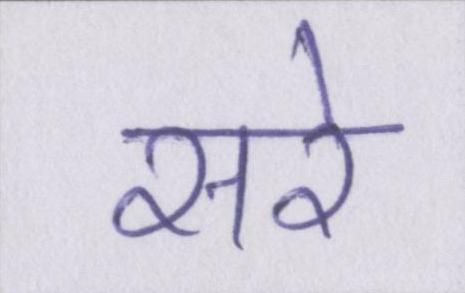
सरे